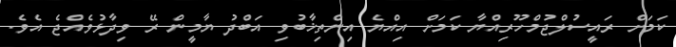
ކަމަށް ރައީސުލްޖުމްހޫރިއްޔާ ކަމަށް އިއްޔެ އިންތިޚާބުވި އަބްދު ޔާމީން ރޭ ވިދާޅުވެއްޖެ އެވެ.